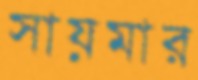
সায়মার